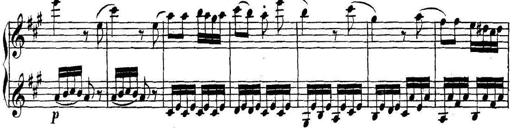
Title: Collected Piano Sonatas
Composer: Muzio Clementi